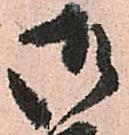
御